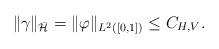
LaTeX: \begin{align*}\|\gamma\|_{\bar{\mathcal{H}}}=\|\varphi\|_{L^{2}([0,1])}\leq C_{H,V}.\end{align*}